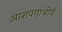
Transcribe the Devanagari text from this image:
आशयगांभीर्य